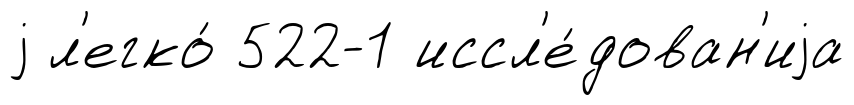
j л'егко́ 522-1 иссл'е́дован'иjа